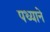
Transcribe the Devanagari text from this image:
पथ्याने